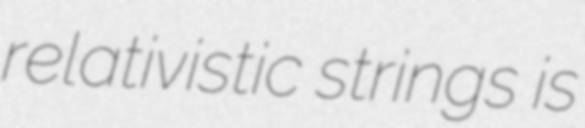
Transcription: relativistic strings is